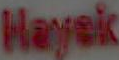
Hayek